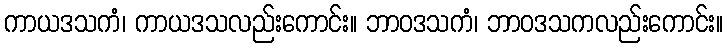
ကာယဒသကံ၊ ကာယဒသလည်းကောင်း။ ဘာဝဒသကံ၊ ဘာဝဒသကလည်းကောင်း။